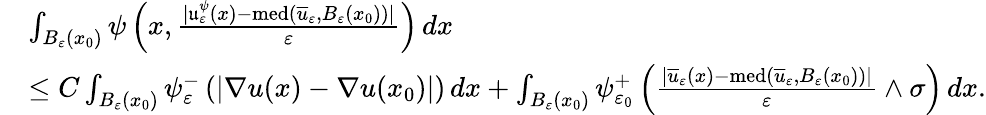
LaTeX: \begin{array}{rl}&{\int_{B_{\varepsilon}(x_{0})}\psi\left(x,\frac{|\mathfrak{u}_{\varepsilon}^{\psi}(x)-\textnormal{med}(\overline{{u}}_{\varepsilon},B_{\varepsilon}(x_{0}))|}{\varepsilon}\right)\, dx}\\ &{\leq C\int_{B_{\varepsilon}(x_{0})}\psi_{\varepsilon}^{-}\left(|\nabla u(x)-\nabla u(x_{0})|\right)\, dx+\int_{B_{\varepsilon}(x_{0})}\psi_{\varepsilon_{0}}^{+}\left(\frac{|\overline{{u}}_{\varepsilon}(x)-\textnormal{med}(\overline{{u}}_{\varepsilon},B_{\varepsilon}(x_{0}))|}{\varepsilon}\wedge\sigma\right)\, dx.}\end{array}